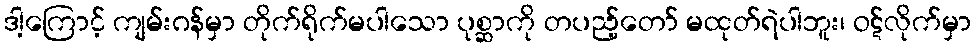
ဒါ့ကြောင့် ကျမ်းဂန်မှာ တိုက်ရိုက်မပါသော ပုစ္ဆာကို တပည့်တော် မထုတ်ရဲပါဘူး၊ ဝဋ်လိုက်မှာ